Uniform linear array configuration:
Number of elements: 12
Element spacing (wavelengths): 0.75
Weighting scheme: exponential
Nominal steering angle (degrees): -45
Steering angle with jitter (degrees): -45.059
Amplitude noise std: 0.05
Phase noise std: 0.05

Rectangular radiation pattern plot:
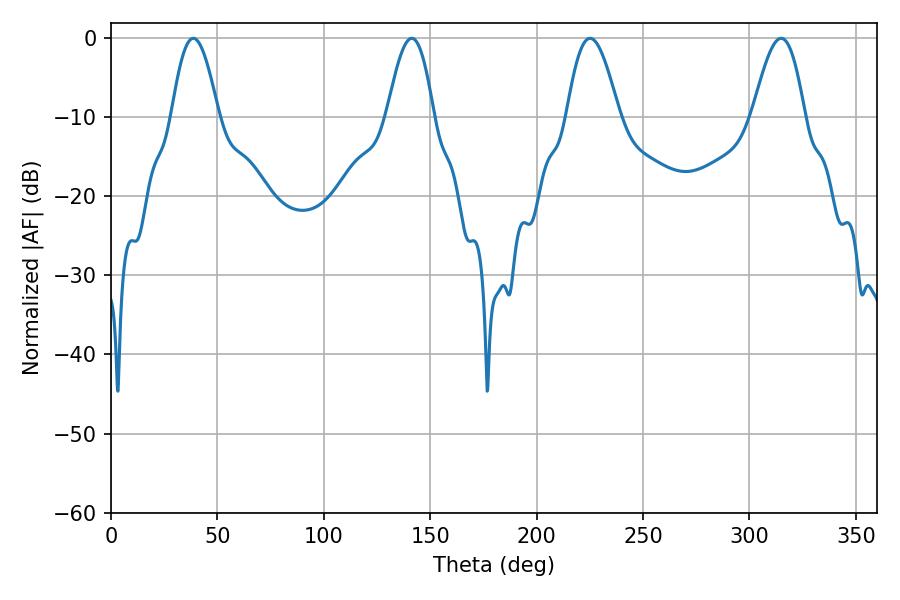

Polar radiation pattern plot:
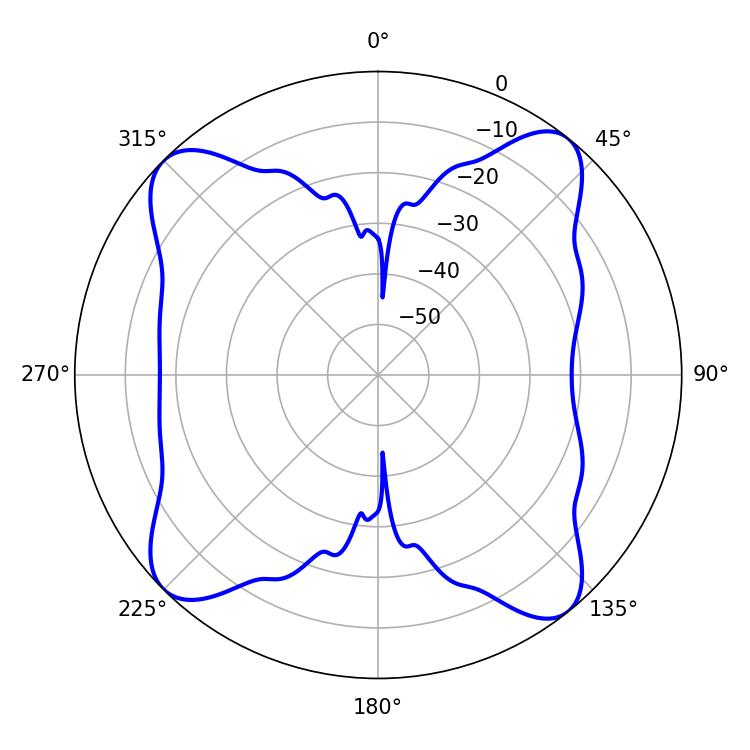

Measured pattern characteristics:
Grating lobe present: TRUE
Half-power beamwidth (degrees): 11.88
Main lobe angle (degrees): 38.7